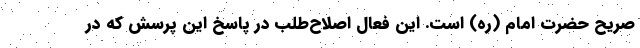
صریح حضرت امام (ره) است. این فعال اصلاح‌طلب در پاسخ این پرسش که در